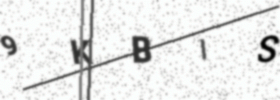
Text: 9KBIS